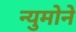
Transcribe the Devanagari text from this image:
न्युमोने